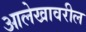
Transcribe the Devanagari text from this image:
आलेखावरील